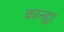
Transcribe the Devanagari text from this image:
कान्ह्या